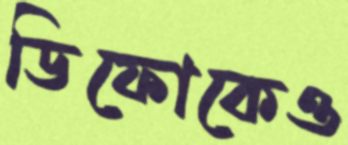
ডিফোকেও